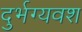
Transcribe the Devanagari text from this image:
दुर्भग्यवश